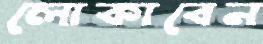
লোকাবেন